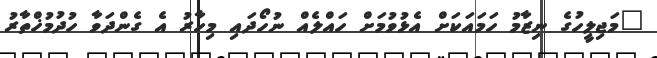
"މަޖިލީހުގެ ނިޒާމު ހަމައަކަށް އެޅުވުމަށް ހައްލެއް ނުހޯދައި މިހާރު އެ ގެންދަވާ ހުދުމުޚްތާރު